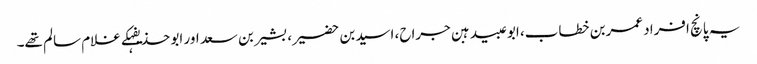
یہ پانچ افراد عمربن خطاب، ابوعبیدہبن جراح، اسیدبن حضیر، بشیربن سعد اور ابو حذیفہکے غلام سالم تھے۔